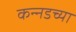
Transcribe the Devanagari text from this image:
कन्‍नडच्या